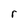
Character: r